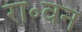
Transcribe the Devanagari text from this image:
रा॰वन